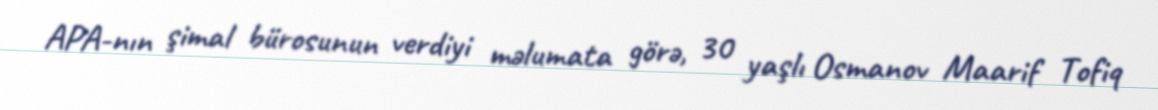
APA-nın şimal bürosunun verdiyi məlumata görə, 30 yaşlı Osmanov Maarif Tofiq